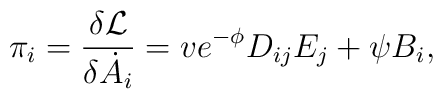
\pi _i = \frac{\delta {\cal L}}{\delta \dot A_i} = ve^{-\phi}D_{ij}E_j + \psi B_i ,